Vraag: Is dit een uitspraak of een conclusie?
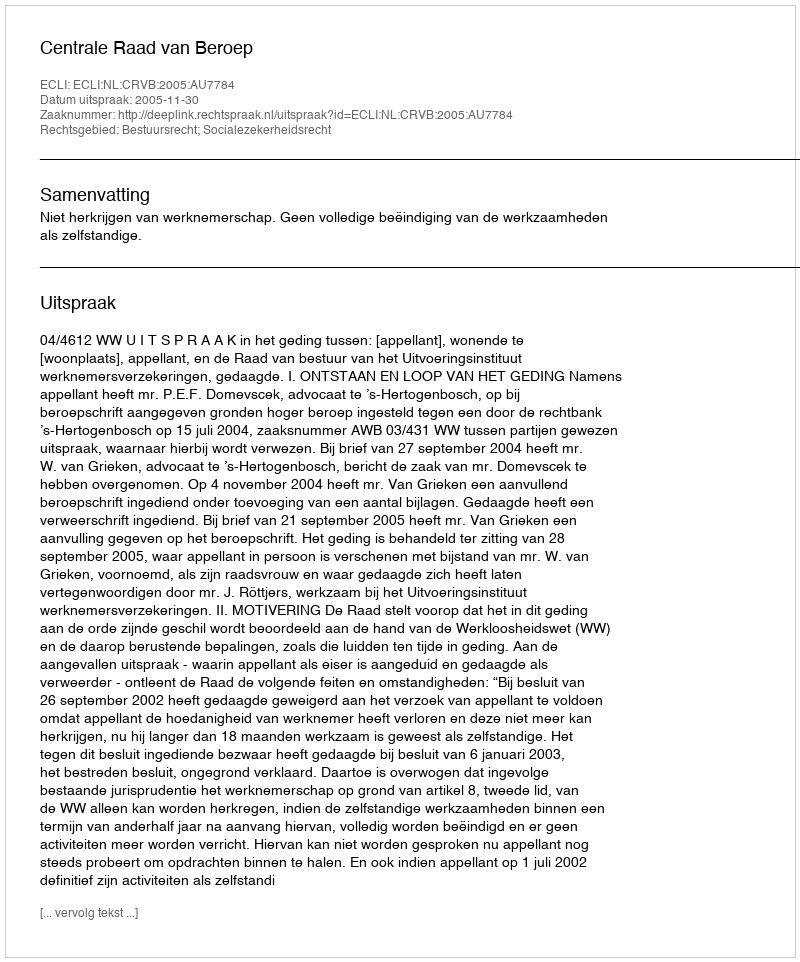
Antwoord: Uitspraak